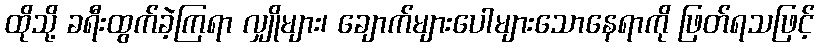
ထိုသို့ ခရီးထွက်ခဲ့ကြရာ လျှိုများ၊ ချောက်များပေါများသောနေရာကို ဖြတ်ရသဖြင့်